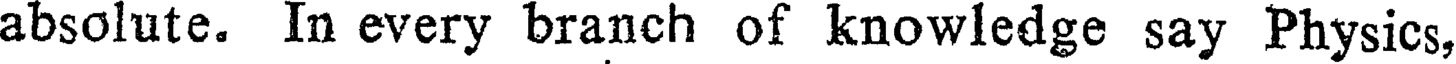
absolute. In every branch of knowledge say Physics,